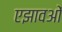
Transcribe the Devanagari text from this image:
एझावओं